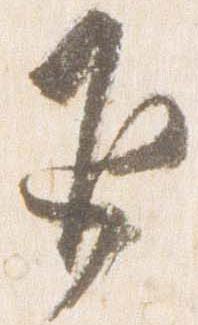
返